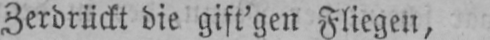
Zerdrückt die gift’gen Fliegen,